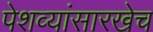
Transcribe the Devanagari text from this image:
पेशव्यांसारखेच